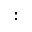
: